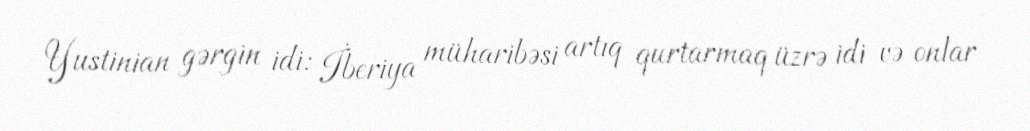
Yustinian gərgin idi: İberiya müharibəsi artıq qurtarmaq üzrə idi və onlar